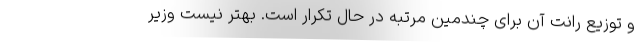
و توزیع رانت آن برای چندمین مرتبه در حال تکرار است. بهتر نیست وزیر